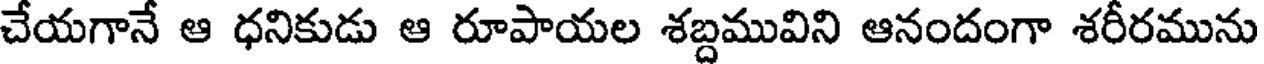
చేయగానే ఆ ధనికుడు ఆ రూపాయల శబ్దమువిని ఆనందంగా శరీరమును